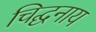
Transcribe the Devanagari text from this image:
चिद्घनाय